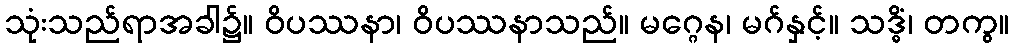
သုံးသည်ရာအခါ၌။ ဝိပဿနာ၊ ဝိပဿနာသည်။ မဂ္ဂေန၊ မဂ်နှင့်။ သဒ္ဓိံ၊ တကွ။